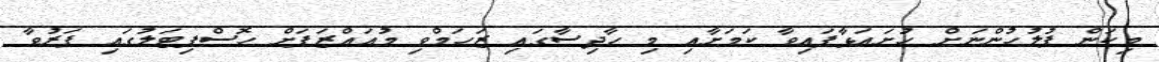
މިކަން ފުލުހުންނަށް ހުށައަޅާފައިވާ ކަމަށާއި މި ހާދިސާގައި ޒަހަމްވި މުއައްޒަފަށް ހޮސްޕިޓަލުގައި ފަރުވާ